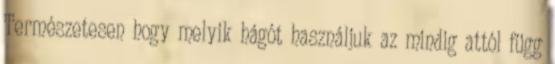
Természetesen hogy melyik hágót használjuk az mindig attól függ